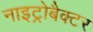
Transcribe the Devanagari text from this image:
नाइट्रोबैक्टर